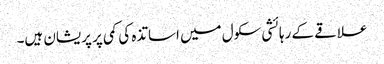
علاقے کے رہائشی سکول میں اساتذہ کی کمی پر پریشان ہیں۔